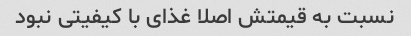
نسبت به قیمتش اصلا غذای با کیفیتی نبود